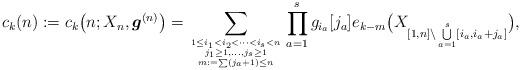
LaTeX: \begin{align*} c_k(n):=c_k\big(n;X_n,{\boldsymbol{g}}^{(n)}\big)=\sum_{{1 \le i_1 < i_2 < \cdots < i_s < n \atop j_1 \ge 1,\ldots, j_s \ge 1}\atop m:=\sum(j_a+1) \le n} \prod_{a=1}^{s}g_{i_a}[j_a]e_{k-m}\big(X_{[1,n] {\setminus} \bigcup\limits_{a=1}^{s} [i_a,i_a+j_a ]} \big),\end{align*}